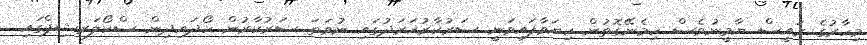
މިހާރުގެ ރައީސް ޔާމީނުވެސް ހިމެނޭގޮތުން ކިޔަވާފައިވަނީ ސަރުކާރުޚަރަދުގައި ނުވަތަ ސަރުކާރުން ހޯދައިދިން ސްކޯލަރޝިޕްގައި.